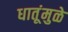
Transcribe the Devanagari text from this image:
धातूंमुळे